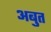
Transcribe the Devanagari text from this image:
अबुत